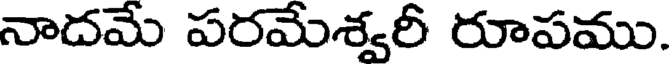
నాదమే పరమేశ్వరీ రూపము.